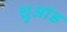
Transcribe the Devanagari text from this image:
चुआंड